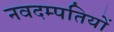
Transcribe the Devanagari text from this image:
नवदम्पतियों